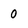
Character: 0